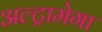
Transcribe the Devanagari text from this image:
अल्ट्रामेगा